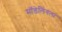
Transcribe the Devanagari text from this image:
मॉडेलिंगला